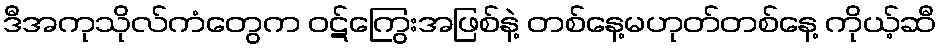
ဒီအကုသိုလ်ကံတွေက ဝဋ်ကြွေးအဖြစ်နဲ့ တစ်နေ့မဟုတ်တစ်နေ့ ကိုယ့်ဆီ